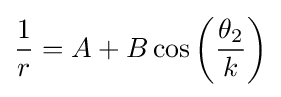
{\frac {1}{r}}=A+B\cos \left({\frac {\theta _{2}}{k}}\right)